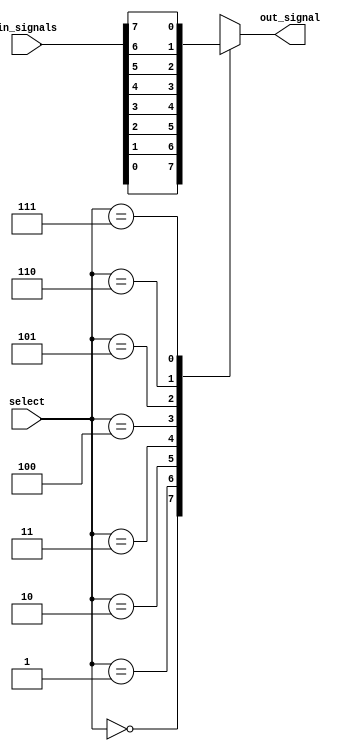
module multiplexer_8to1 (
    input [7:0] in_signals,
    input [2:0] select,
    output reg out_signal
);

always @(*) begin
    case (select)
        3'b000: out_signal = in_signals[0];
        3'b001: out_signal = in_signals[1];
        3'b010: out_signal = in_signals[2];
        3'b011: out_signal = in_signals[3];
        3'b100: out_signal = in_signals[4];
        3'b101: out_signal = in_signals[5];
        3'b110: out_signal = in_signals[6];
        3'b111: out_signal = in_signals[7];
        default: out_signal = 0;
    endcase
end

endmodule